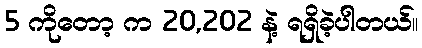
5 ကိုတော့ က 20,202 နဲ့ ရရှိခဲ့ပါတယ်။